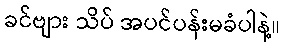
ခင်ဗျား သိပ် အပင်ပန်းမခံပါနဲ့။